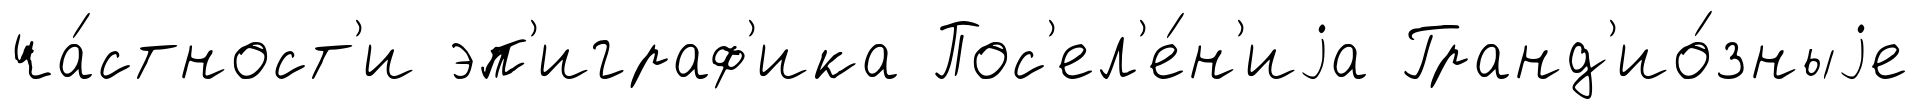
ча́стност'и эп'играф'ика Пос'ел'е́н'иjа Гранд'ио́зныjе